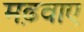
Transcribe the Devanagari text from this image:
मढ़वाए